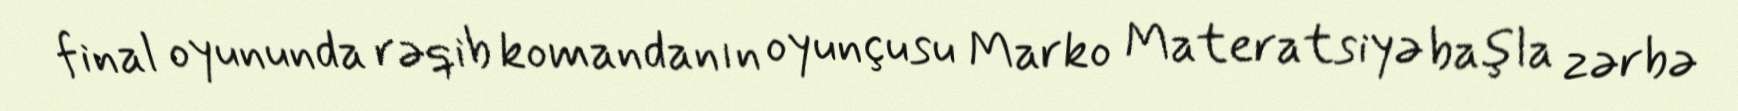
final oyununda rəqib komandanın oyunçusu Marko Materatsiyə başla zərbə